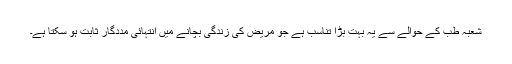
شعبہ طب کے حوالے سے یہ بہت بڑا تناسب ہے جو مریض کی زندگی بچانے میں انتہائی مددگار ثابت ہو سکتا ہے۔